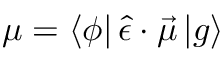
\boldsymbol { \mu } = \langle \boldsymbol { \phi } | \, \hat { \epsilon } \cdot \vec { \mu } \, | g \rangle